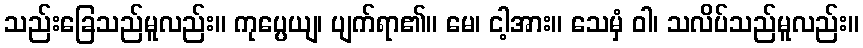
သည်းခြေသည်မူလည်း။ ကုပ္ပေယျ၊ ပျက်ရာ၏။ မေ၊ ငါ့အား။ သေမှံ ဝါ၊ သလိပ်သည်မူလည်း။